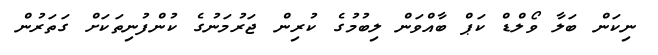
ނިކަން ބަލާ ވޯލްޑް ކަޕް ބާއްވަން ލިބުމުގެ ކުރިން ޖަރުމަނުގެ ކުންފުނިތަކަށް ގަތަރުން